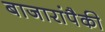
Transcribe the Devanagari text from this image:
बाजारांपैकी